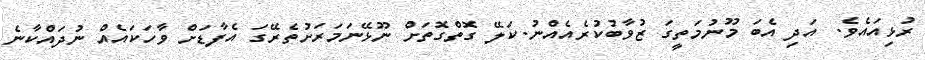
ރުޅިއައެވެ. އަދި އެބަ މޫނުމަތީގަ ޒުވާބުކުރެއެއްނު.ކަލޭ ގޮތްގޮތަށް ނޫޅޭނަމަރަށުތެރޭގަ އެފާޑަށް ވާހަކައެއް ނުދައްކާނެ